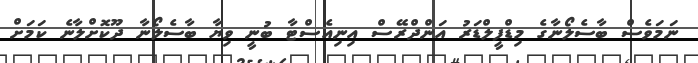
ނަމަވެސް ބާސެލޯނާގެ މިޑްފީލްޑަރު އަންދްރޭސް އިނިއެސްޓާ ބުނީ ވިޔާ ބާސެލޯނާ ދޫކޮށްލާނެ ކަމަށް